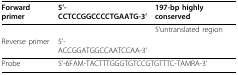
<table><thead><tr><td><b>Forward primer</b></td><td><b>5&#x27;-CCTCCGGCCCCTGAATG-3&#x27;</b></td><td><b>197-bp highly conserved</b></td></tr></thead><tbody><tr><td></td><td></td><td>5&#x27;untranslated region</td></tr><tr><td>Reverse primer</td><td>5&#x27;-ACCGGATGGCCAATCCAA-3&#x27;</td><td></td></tr><tr><td>Probe</td><td colspan="2">5&#x27;-6FAM-TACTTTGGGTGTCCGTGTTTC-TAMRA-3&#x27;</td></tr></tbody></table>